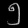
Digit: ၅